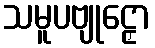
သမူပဗျုဠှော